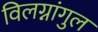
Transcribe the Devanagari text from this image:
विलग्नांगुल